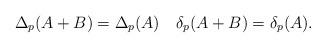
LaTeX: \begin{align*}\Delta_p(A+B)=\Delta_p(A)\quad\delta_p(A+B)=\delta_p(A).\end{align*}